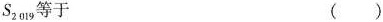
S_{2019}等于 （）